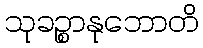
သုခဉ္စာနုဘောတိ